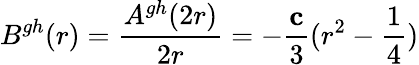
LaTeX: B^{gh}(r)=\frac{A^{gh}(2r)}{2r}=-\frac{\mathbf c}{3}(r^{2}-\frac{1}{4})